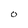
Character: O